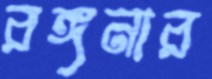
রঙ্গনার